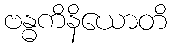
ဗန္ဓကိနိယောတိ